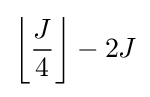
\left\lfloor {\frac {J}{4}}\right\rfloor -2J